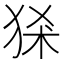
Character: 𤞠